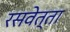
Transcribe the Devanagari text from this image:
रसवेत्ता